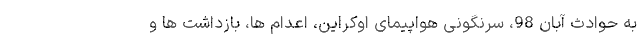
به حوادث آبان 98، سرنگونی هواپیمای اوکراین، اعدام ها، بازداشت ها و